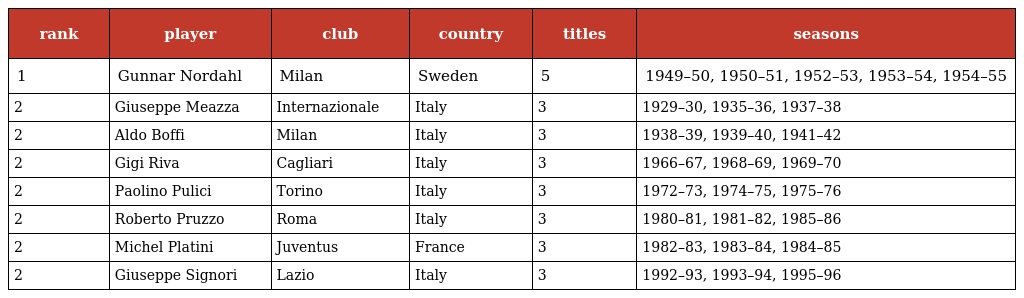
| rank | player | club | country | titles | seasons |
 | --- | --- | --- | --- | --- | --- |
 | 1 | Gunnar Nordahl | Milan | Sweden | 5 | 1949–50, 1950–51, 1952–53, 1953–54, 1954–55 |
 | 2 | Giuseppe Meazza | Internazionale | Italy | 3 | 1929–30, 1935–36, 1937–38 |
 | 2 | Aldo Boffi | Milan | Italy | 3 | 1938–39, 1939–40, 1941–42 |
 | 2 | Gigi Riva | Cagliari | Italy | 3 | 1966–67, 1968–69, 1969–70 |
 | 2 | Paolino Pulici | Torino | Italy | 3 | 1972–73, 1974–75, 1975–76 |
 | 2 | Roberto Pruzzo | Roma | Italy | 3 | 1980–81, 1981–82, 1985–86 |
 | 2 | Michel Platini | Juventus | France | 3 | 1982–83, 1983–84, 1984–85 |
 | 2 | Giuseppe Signori | Lazio | Italy | 3 | 1992–93, 1993–94, 1995–96 |